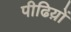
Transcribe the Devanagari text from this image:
पीढिय़ों